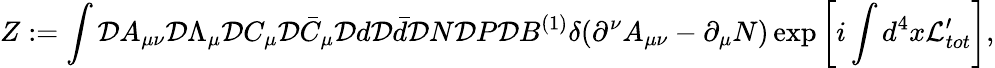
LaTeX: Z:=\int{\cal D}A_{\mu\nu}{\cal D}\Lambda_{\mu}{\cal D}C_{\mu}{\cal D}\bar{C}_{\mu}{\cal D}d{\cal D}\bar{d}{\cal D}N{\cal D}P{\cal D}B^{(1)}\delta(\partial^{\nu}A_{\mu\nu}-\partial_{\mu}N)\exp\left[i\int d^{4}x{\cal L}_{tot}^{\prime}\right],